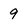
Character: 9